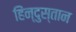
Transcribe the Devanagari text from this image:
हिंन्दुस्तान